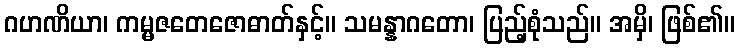
ဂဟဏိယာ၊ ကမ္မဇတေဇောဓာတ်နှင့်။ သမန္နာဂတော၊ ပြည့်စုံသည်။ အမှိ၊ ဖြစ်၏။